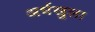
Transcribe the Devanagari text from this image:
अर्धखुला